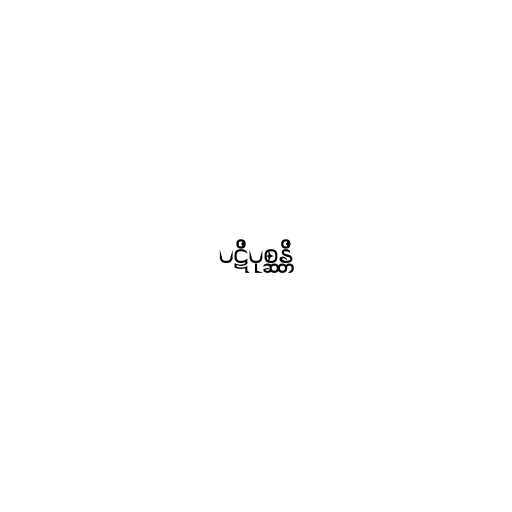
ပဋိပုစ္ဆန္တိ